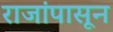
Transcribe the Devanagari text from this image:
राजांपासून